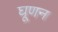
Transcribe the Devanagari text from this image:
घूणन